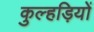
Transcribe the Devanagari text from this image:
कुल्हड़ियों